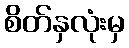
စိတ်နှလုံးမှ